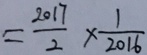
= \frac { 2 0 1 7 } { 2 } \times \frac { 1 } { 2 0 1 6 }